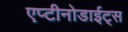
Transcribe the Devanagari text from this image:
एप्टीनोडाईट्स